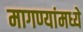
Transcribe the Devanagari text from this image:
मागण्यांमध्ये